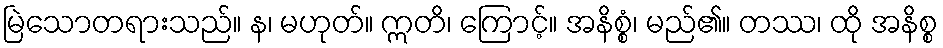
မြဲသောတရားသည်။ န၊ မဟုတ်။ ဣတိ၊ ကြောင့်။ အနိစ္စံ၊ မည်၏။ တဿ၊ ထို အနိစ္စ